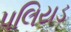
પલિયડ